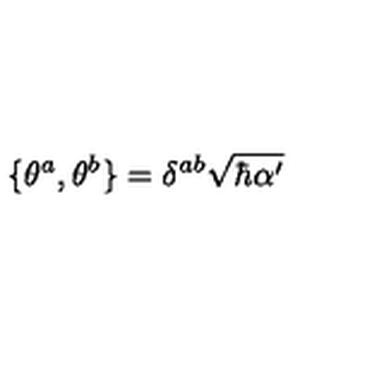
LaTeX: \{ \theta ^ { a } , \theta ^ { b } \} = \delta ^ { a b } \sqrt { \hbar \alpha ^ { \prime } }